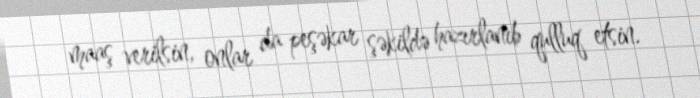
maaş verilsin, onlar da peşəkar şəkildə hazırlanıb qulluq etsin.